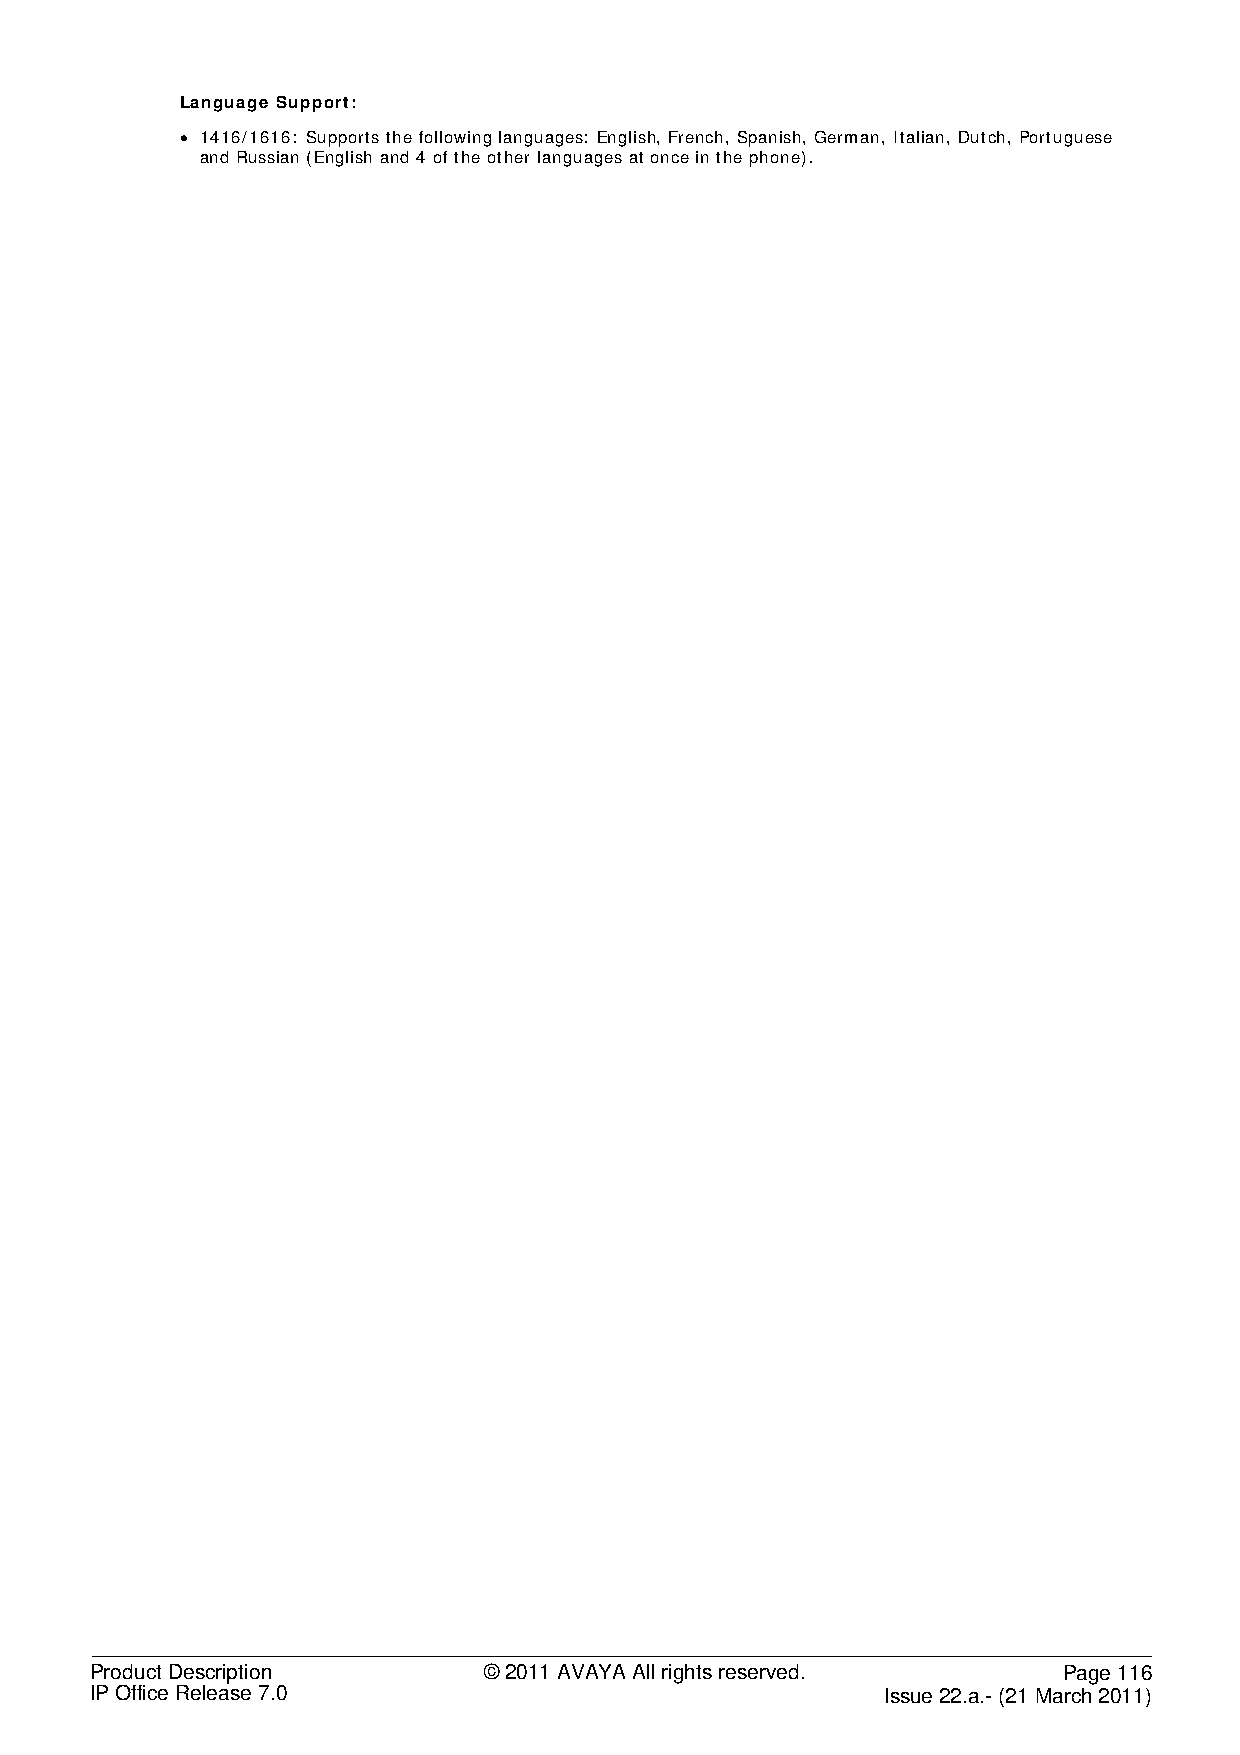
Language Support:
 • 1416/1616: Supports the following languages: English, French, Spanish, German, Italian, Dutch, Portuguese
 and Russian (English and 4 of the other languages at once in the phone).
 Product Description       © 2011 AVAYA All rights reserved.     Page 116
 IP Office Release 7.0                                Issue 22.a.- (21 March 2011)